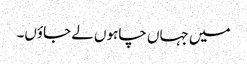
میں جہاں چاہوں لے جاؤں۔